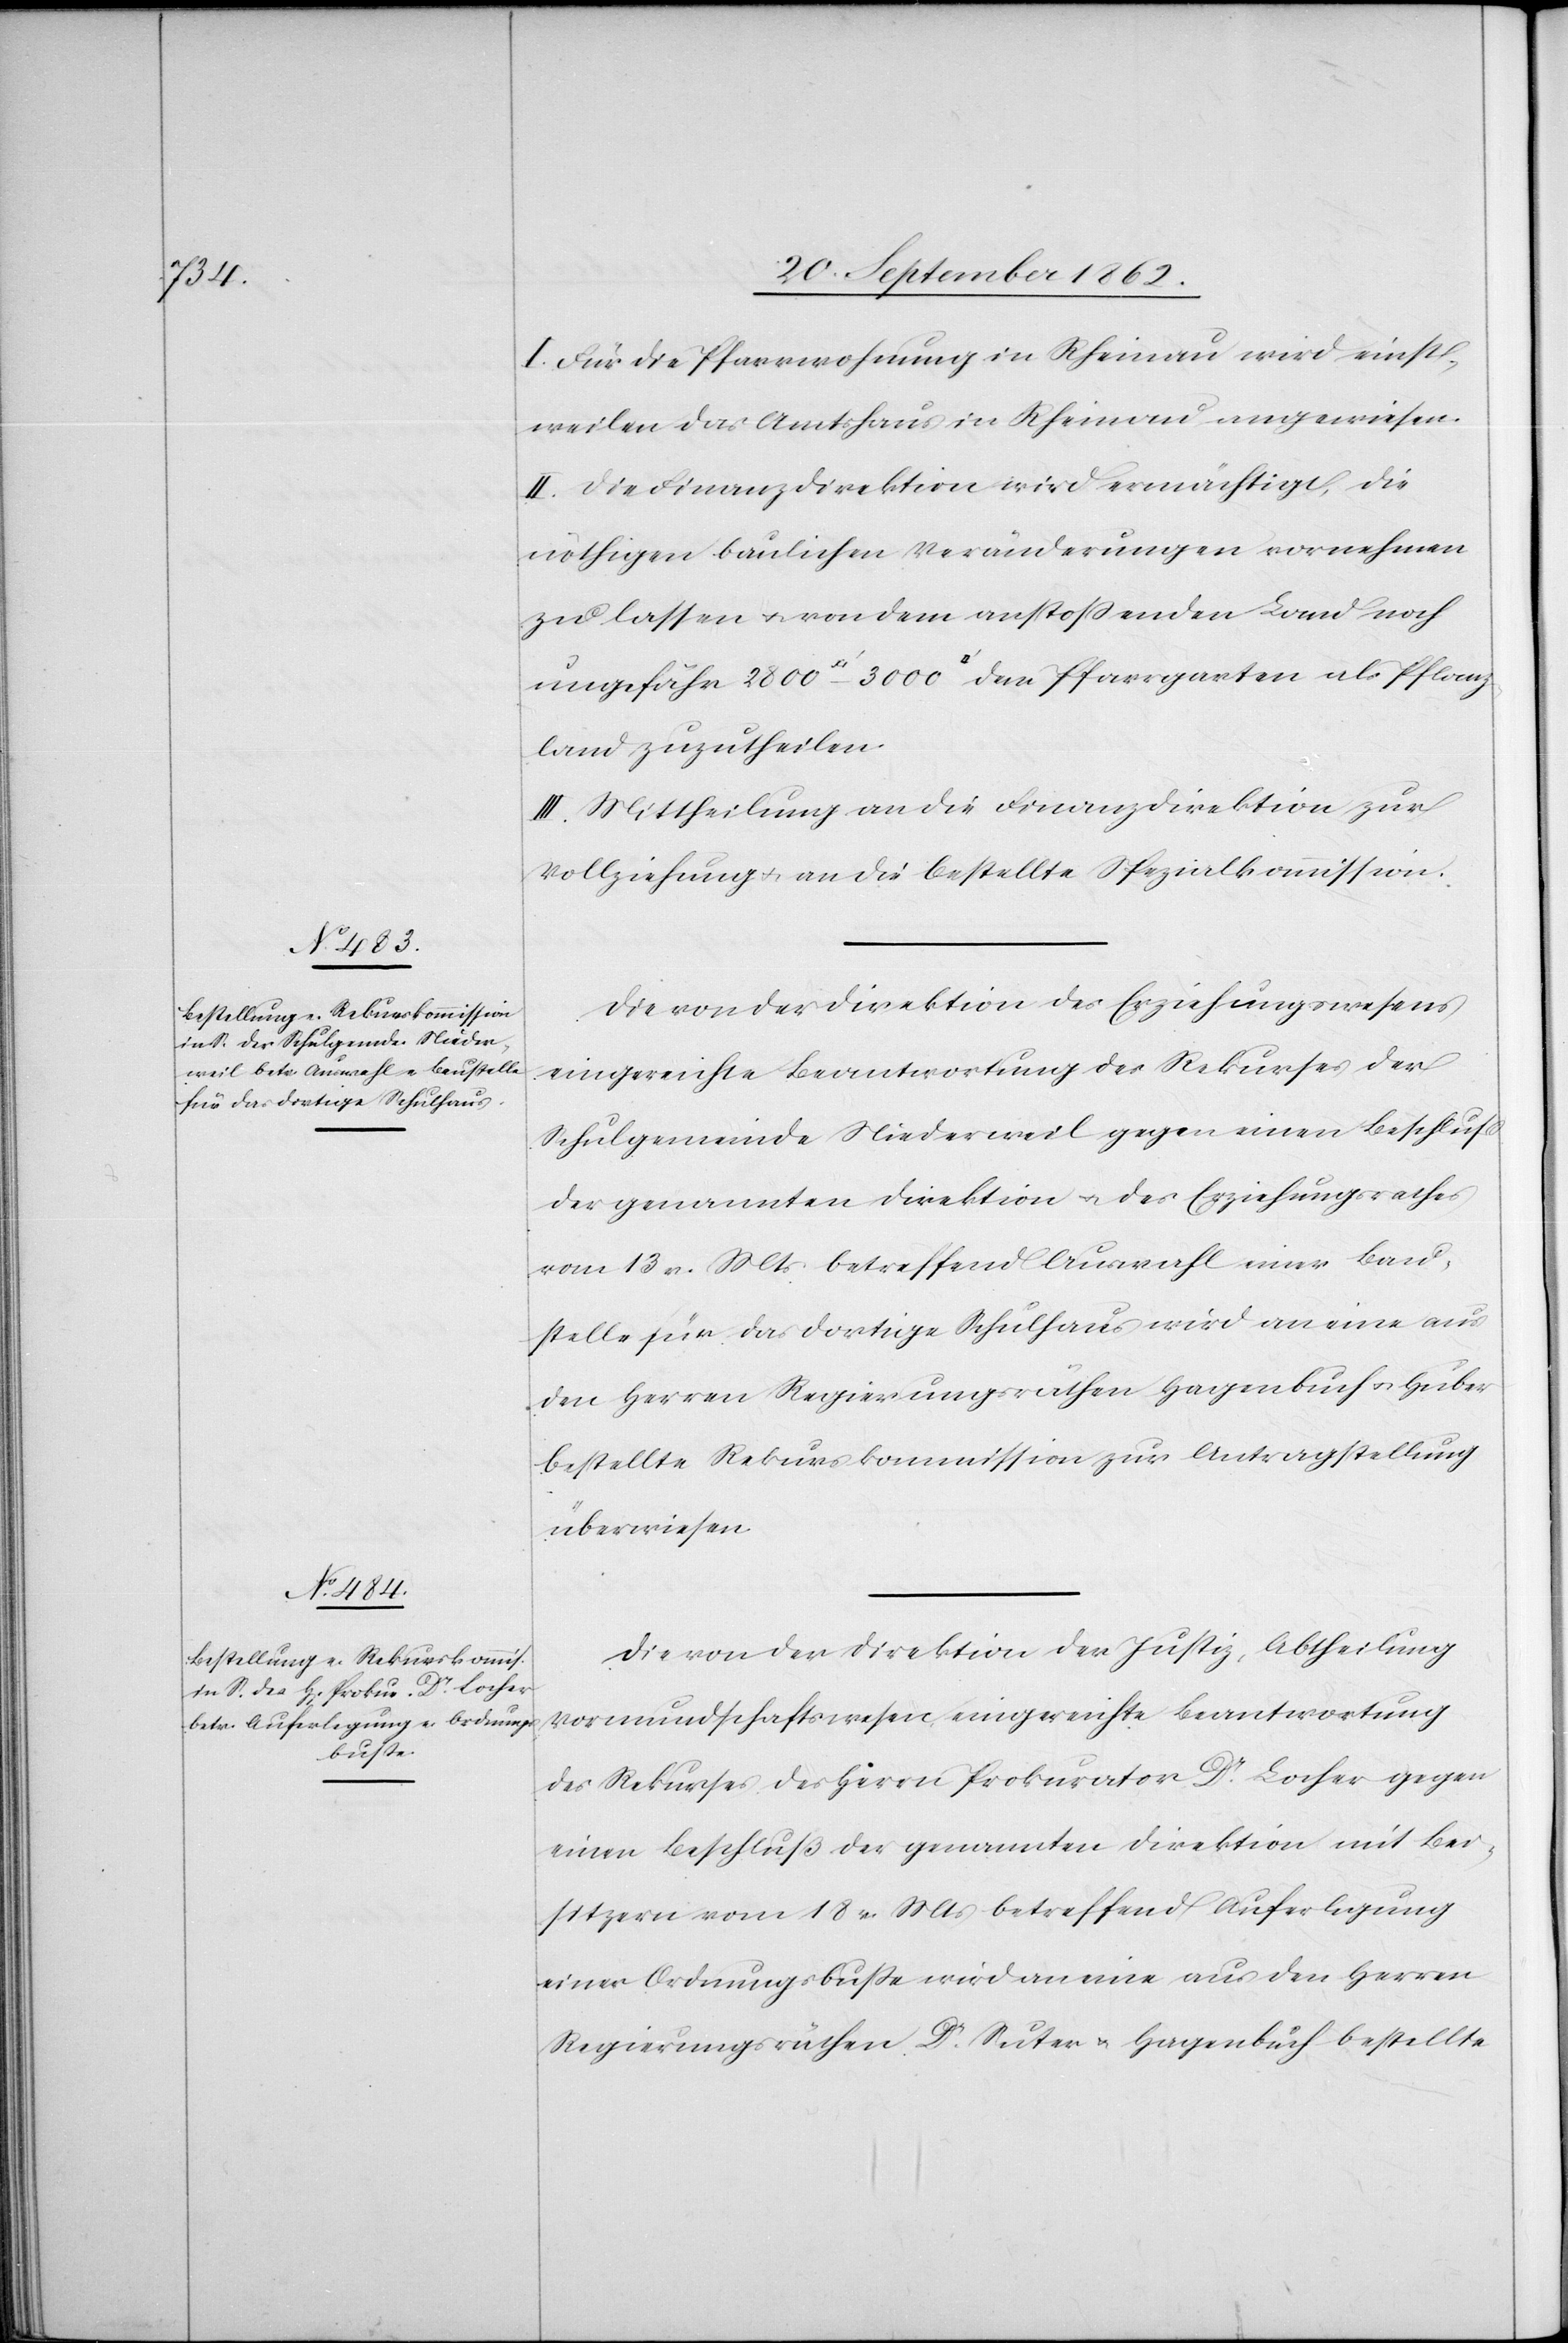
Pflanz¬

I. Für die Pfarrwohnung in Rheinau wird einst¬
weilen das Amtshaus in Rheinau angewiesen.
II. Die Finanzdirektion wird ermächtigt, die
nöthigen baulichen Veränderungen vornehmen
zu lassen u. von dem anstoßenden Land noch
land zuzutheilen.
III. Mittheilung an die Finanzdirektion zur
Vollziehung u. an die bestellt Spezialkommission.
Die von der Direktion des Erziehungswesens
eingereichte Beantwortung des Rekurses der
Schulgemeinde Niederweil gegen einen Beschluß
der genannten Direktion u. des Erziehungsrathes
vom 13. v. Mts. betreffend Auswahl einer Bau¬
stelle für das dortige Schulhaus wird an eine aus
den Herren Regierungsräthen Hagenbuch u. Huber
bestellte Rekurskommission zur Antragstellung
überwiesen.
Die von der Direktion der Justiz, Abtheilung
Vormundschaftswesen eingereichte Beantwortung
des Rekurses des Herrn Prokurator Dr. Locher gegen
einen Beschluß der genannten Direktion mit Bei¬
sitzern vom 18. v. Mts. betreffend Auferlegung
einer Ordnungsbuße wird an eine aus den Herren
Regierungsräthen Dr. Suter u. Hagenbuch bestellte